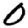
Digit: 0